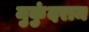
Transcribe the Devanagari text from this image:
मुकुंदराम